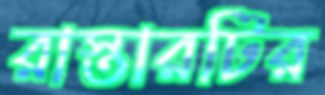
রাস্তারটির